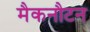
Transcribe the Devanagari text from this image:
मैकनौटन